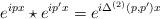
LaTeX: \begin{align*} e^{ipx} \star e^{ip^{\prime}x} =e^{i\Delta^{(2)}(p,p^{\prime}){x}}\end{align*}